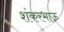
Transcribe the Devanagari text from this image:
शंकरभाऊ